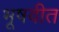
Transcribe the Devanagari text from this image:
भूषवीत